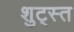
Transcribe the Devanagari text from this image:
शुट्स्त